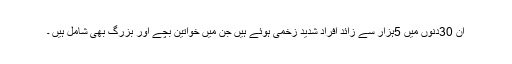
ان 30دنوں میں 5ہزار سے زائد افراد شدید زخمی ہوئے ہیں جن میں خواتین بچے اور بزرگ بھی شامل ہیں ۔